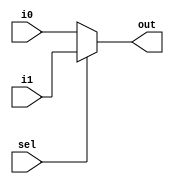
module mux21(out,i0,i1,sel);
parameter width=32;
input sel;
input [width-1:0] i0,i1;
output [width-1:0] out;
reg [width-1:0] out;



always @(i0 or i1 or sel) begin
    if(sel==1'b1) out<=i1;
    else out<=i0;
end

endmodule